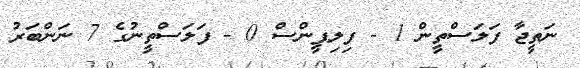
ނަތީޖާ ފަލަސްތީން 1 - ފިލިޕީންސް 0 - ފަލަސްތީނުގެ 7 ނަންބަރު